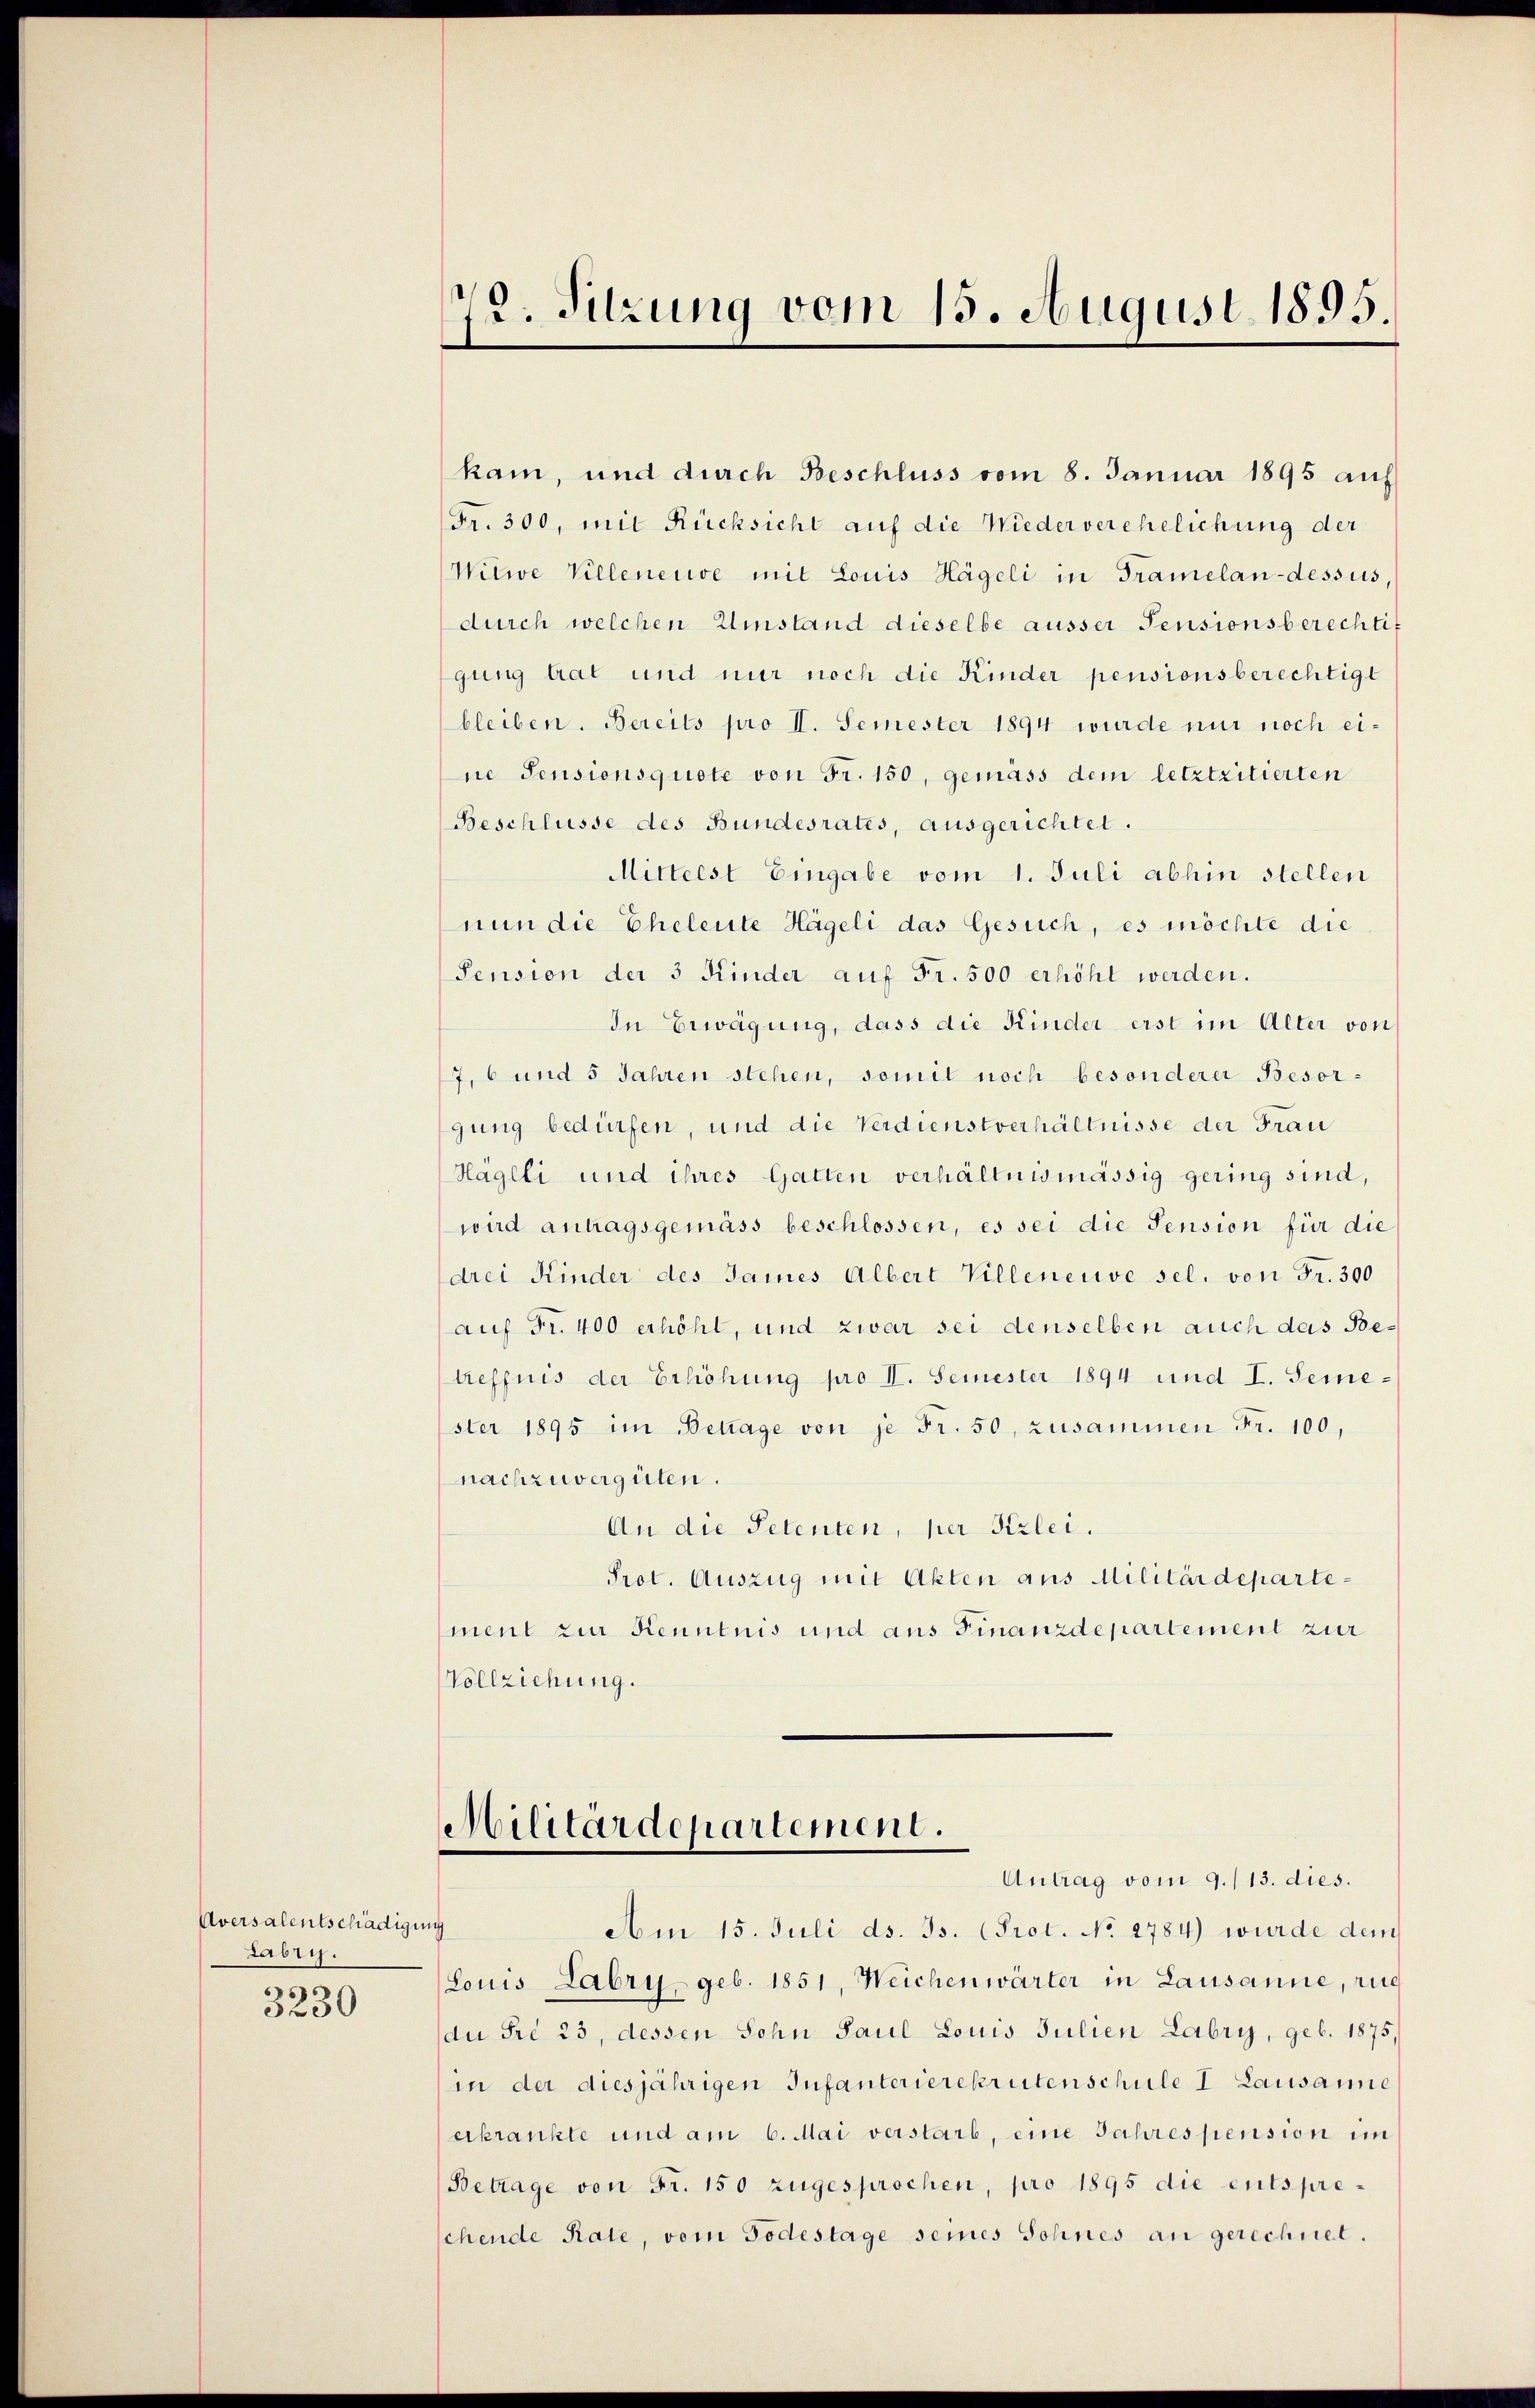
Aversalentschädigung
Labry.

3230

kam, und durch Beschluss vom 8. Januar 1895 auf
Fr. 300, mit Rücksicht auf die Wiederverehelichung der
Witwe Villeneuve mit Louis Hägeli in Tramelan-dessus,
durch welchen Umstand dieselbe ausser Pensionsberechtit
gung trat und nur noch die Kinder pensionsberechtigt
bleiben. Bereits pro II. Semester 1894 wurde nur noch eine Pensionsquote von Fr. 150, gemäss dem letztzitierten
Beschlüsse des Bundesrates, ausgerichtet.
Mittelst Eingabe vom 1. Juli abhin stellen
nun die Eheleute Hägeli das Gesuch, es möchte die
Pension der 3 Kinder auf Fr. 500 erhöht werden.
In Erwägung, dass die Kinder erst im Alter von
7, 6 und 5 Jahren stehen, somit noch besonderer Besorgung bedürfen, und die Verdienstverhältnisse der Frau
Häglli und ihres Gatten verhältnismässig gering sind,
wird antragsgemäss beschlossen, es sei die Sension für die
drei Kinder des James Albert Villeneuve sel. von Fr. 300
auf Fr. 400 erhöht, und zwar sei denselben auch das Betreffnis der Erhöhung pro II. Semester 1894 und I. Semester 1895 im Betrage von je Fr. 50, zusammen Fr. 100,
nachzuvergüten.
An die Petenten, per Kzlei.
Prot. Auszug mit Akten aus Militärdepartement zur Kenntnis und aus Finanzdepartement zur
Vollziehung.

72. Sitzung vom 15. August 1895.

Militärdepartement.
Antrag vom 9./13. dies.

Am 15. Juli d. Js. (Prot. No 2784) wurde dem
Louis Labry geb. 1851, Weichenwärter in Lausanne, ruc
du Fr. 23, dessen Sohn Paul Louis Julien Labry, geb. 1875,
in der diesjährigen Infanterierekrutenschule I Lausanne
erkrankte und am 6. Mai verstarb, eine Jahrespension im
Betrage von Fr. 150 zugesprochen, pro 1895 die entspreschende Rate, vom Todestage seines Sohnes an gerechnet.